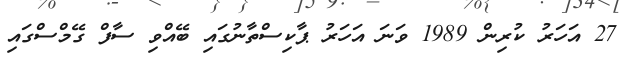
27 އަހަރު ކުރިން 1989 ވަނަ އަހަރު ޕާކިސްތާނުގައި ބޭއްވި ސާފް ގޭމްސްގައި